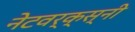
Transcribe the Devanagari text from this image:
नेटवर्क्स्‌नी